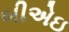
બીએઇ